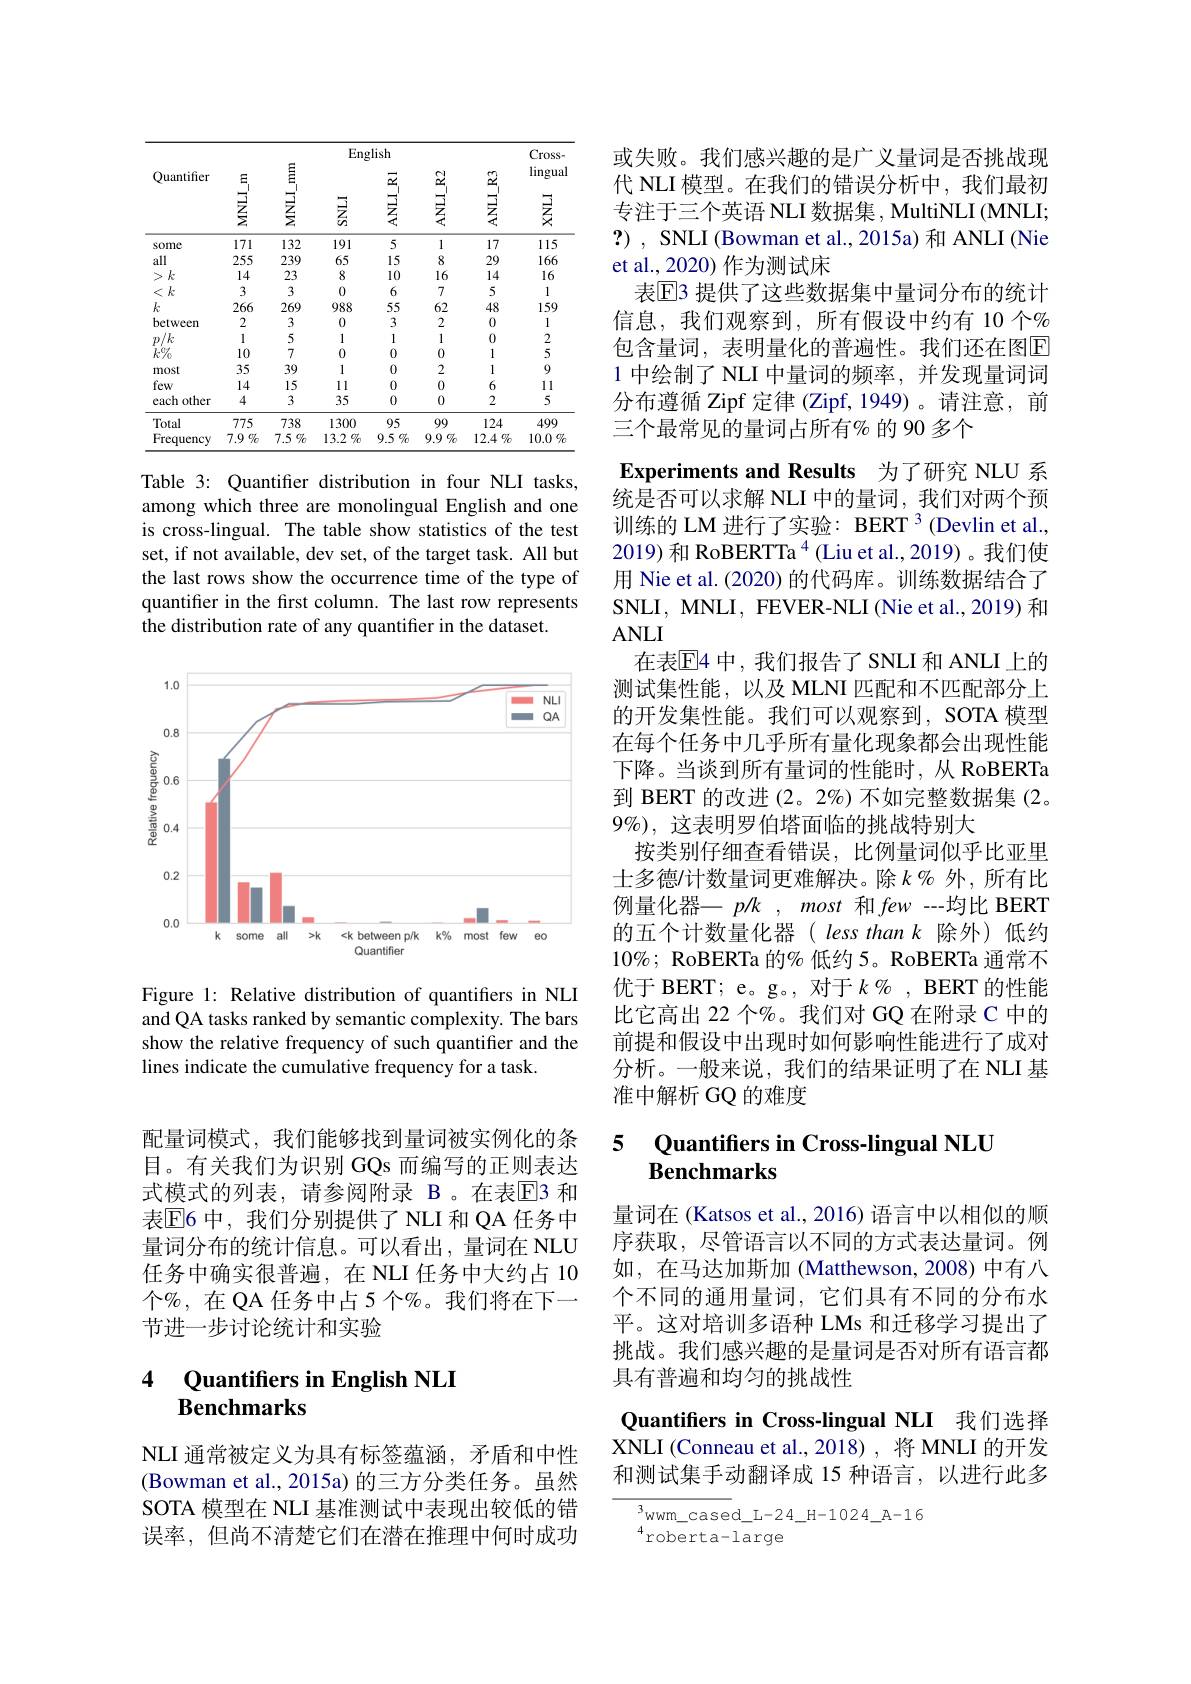
<table>
	<tbody>
		<tr>
			<th>Quantifier</th>
			<th>MNL$I_m$</th>
			<th>MNL$I_{mm}$</th>
			<th>Eng $\frac{\overrightarrow{z}}{a}$</th>
			<th>;lish $\mathrm{ANLI}_{\mathrm{R}}$</th>
			<th>ANL$I_{R2}$</th>
			<th>$\mathrm{ANLI}_{\mathrm{R3}}$</th>
			<th>$Cross-$ $\lim_{n\to\infty}1$ $\vec{\text{灵}}$</th>
		</tr>
		<tr>
			<td>some</td>
			<td>171</td>
			<td>132</td>
			<td>191</td>
			<td>5</td>
			<td>1</td>
			<td>17</td>
			<td>115</td>
		</tr>
		<tr>
			<td>all</td>
			<td>255</td>
			<td>239</td>
			<td>65</td>
			<td>15</td>
			<td>8</td>
			<td>29</td>
			<td>166</td>
		</tr>
		<tr>
			<td>$>k$</td>
			<td>14</td>
			<td>23</td>
			<td>8</td>
			<td>10</td>
			<td>16</td>
			<td>14</td>
			<td>16</td>
		</tr>
		<tr>
			<td>$<k$</td>
			<td>3</td>
			<td>3</td>
			<td>0</td>
			<td>6</td>
			<td>7</td>
			<td>5</td>
			<td>1</td>
		</tr>
		<tr>
			<td>$k$</td>
			<td>266</td>
			<td>269</td>
			<td>988</td>
			<td>55</td>
			<td>62</td>
			<td>48</td>
			<td>159</td>
		</tr>
		<tr>
			<td>between</td>
			<td>2</td>
			<td>3</td>
			<td>0</td>
			<td>3</td>
			<td>2</td>
			<td>0</td>
			<td>1</td>
		</tr>
		<tr>
			<td>$\gamma/k$ $2D.$ 1 1</td>
			<td>1</td>
			<td>5</td>
			<td>1</td>
			<td>1</td>
			<td>1</td>
			<td>0</td>
			<td>2</td>
		</tr>
		<tr>
			<td>$k\%$</td>
			<td>10</td>
			<td>7</td>
			<td>0</td>
			<td>0</td>
			<td>0</td>
			<td>1</td>
			<td>5</td>
		</tr>
		<tr>
			<td>most</td>
			<td>35</td>
			<td>39</td>
			<td>1</td>
			<td>0</td>
			<td>2</td>
			<td>1</td>
			<td>9</td>
		</tr>
		<tr>
			<td>few</td>
			<td>14</td>
			<td>15</td>
			<td>11</td>
			<td>0</td>
			<td>0</td>
			<td>6</td>
			<td>11</td>
		</tr>
		<tr>
			<td>each other</td>
			<td>4</td>
			<td>3</td>
			<td>35</td>
			<td>0</td>
			<td>0</td>
			<td>2</td>
			<td>5</td>
		</tr>
		<tr>
			<td>Total</td>
			<td>775</td>
			<td>738</td>
			<td>1300</td>
			<td>95</td>
			<td>99</td>
			<td>124</td>
			<td>499</td>
		</tr>
		<tr>
			<td>Frequency</td>
			<td>$7.9\%$</td>
			<td>$7.5\%$</td>
			<td>$13.2\%$</td>
			<td>$9.5\%$</td>
			<td>$9.9\%$</td>
			<td>$12.4\%$</td>
			<td>$10.0\%$</td>
		</tr>
	</tbody>
</table>

Table 3: Quantifer distribution in four NLI tasks, among which three are monolingual English and one is cross-lingual. The table show statistics of the test set, if not available, dev set, of the target task. All but the last rows show the occurrence time of the type of quantifer in the first column. The last row represents the distribution rate of any quantifier in the dataset.

<FigureHere>

Figure 1: Relative distribution of quantifiers in NLI and QA tasks ranked by semantic complexity. The bars show the relative frequency of such quantifier and the lines indicate the cumulative frequency for a task.

配量词模式，我们能够找到量词被实例化的条目。有关我们为识别 GQs 而编写的正则表达式模式的列表，请参阅附录 B。在表E3 和表$\mathbb{E}$6 中，我们分别提供了 NLI 和 QA 任务中量词分布的统计信息。可以看出，量词在 NLU 任务中确实很普遍，在 NLI 任务中大约占 10个%,在 QA 任务中占 5 个%。我们将在下一节进一步讨论统计和实验

### 4 Ouantifers in English NLI Benchmarks

NLI 通常被定义为具有标签蕴涵，矛盾和中性(Bowman et al., 2015a) 的三方分类任务。虽然SOTA 模型在 NLI 基准测试中表现出较低的错误率，但尚不清楚它们在潜在推理中何时成功

或失败。我们感兴趣的是广义量词是否挑战现代 NLI 模型。在我们的错误分析中，我们最初专注于三个英语 NLI 数据集 , MultiNLI (MNLI; ?) , SNLI (Bowman et al., 2015a) 和 ANLI (Nie et al., 2020) 作为测试床
表$\mathbb{E}$3 提供了这些数据集中量词分布的统计信息，我们观察到，所有假设中约有 10 个% 包含量词，表明量化的普遍性。我们还在图E 1 中绘制了 NLI 中量词的频率，并发现量词词分布遵循 Zipf 定律 (Zipf, 1949)。请注意，前三个最常见的量词占所有% 的 90 多个
Experiments and Results 为了研究 NLU 系统是否可以求解 NLI 中的量词，我们对两个预训练的 LM 进行了实验：BERT 3 (Devlin et al., 2019) 和 RoBERTTa $^{4}$ (Liu et al.,2019)。我们使用 Nie et al. (2020) 的代码库。训练数据结合了SNLI, MNLI, FEVER-NLI (Nie et al., 2019) 和$ANLI$
在表$\mathbb{E}$4 中，我们报告了SNLI 和 ANLI 上的测试集性能，以及 MLNI 匹配和不匹配部分上的开发集性能。我们可以观察到，SOTA 模型在每个任务中几乎所有量化现象都会出现性能下降。当谈到所有量词的性能时，从 RoBERTa 到 BERT 的改进(2。2%)不如完整数据集(2。$9\%$),这表明罗伯塔面临的挑战特别大
按类别仔细查看错误，比例量词似乎比亚里士多德$l$计数量词更难解决。除$k\%$ 外，所有比例量化器一$p/k,most$和 few --均比 BERT 的五个计数量化器( less than k 除外)低约$10\%;$ RoBERTa 的% 低约 5。RoBERTa 通常不优于 BERT; e。g。, 对于$k\%$, BERT 的性能比它高出 22 个%。我们对 GQ 在附录 C 中的前提和假设中出现时如何影响性能进行了成对分析。一般来说，我们的结果证明了在 NLI 基准中解析 GQ 的难度

## 5 Ouantifiers in Cross-lingual NLU Benchmarks

量词在 (Katsos et al., 2016) 语言中以相似的顺序获取，尽管语言以不同的方式表达量词。例如，在马达加斯加 (Matthewson, 2008) 中有八个不同的通用量词，它们具有不同的分布水平。这对培训多语种 LMs 和迁移学习提出了挑战。我们感兴趣的是量词是否对所有语言都具有普遍和均匀的挑战性

Quantifiers in Cross-lingual NLI 我们选择XNLI (Conneau et al.,2018),将 MNLI 的开发和测试集手动翻译成 15 种语言，以进行此多

$^{3}$wwm\_cased\_L-24\_H-1024\_A-16
$^{4}$roberta-large